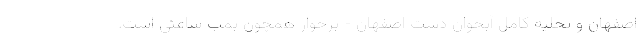
اصفهان و تخلیه کامل آبخوان دشت اصفهان - برخوار همچون بمب ساعتی است.